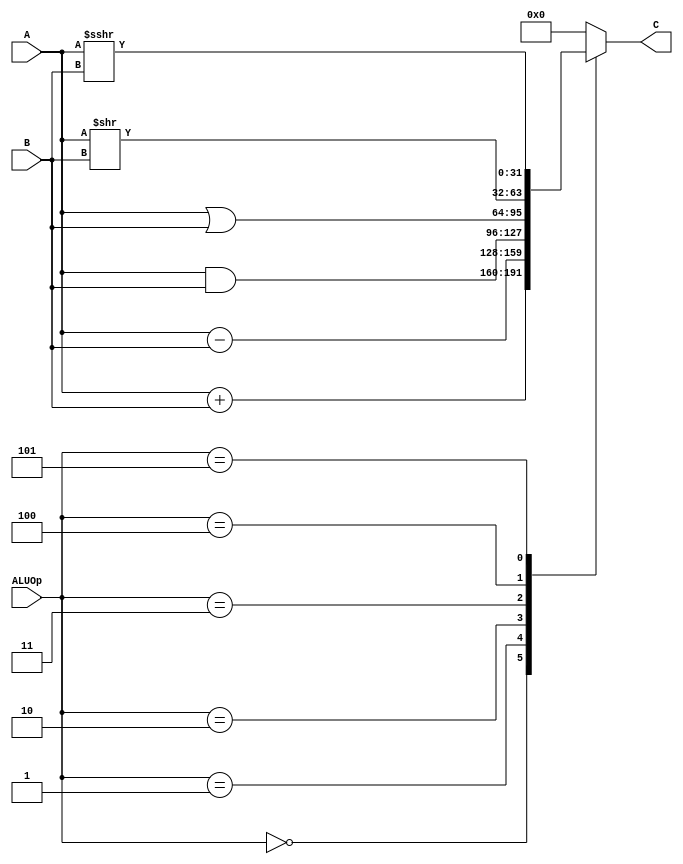
module alu(
	input [31:0] A,
	input [31:0] B,
	input [2:0] ALUOp,
	output reg [31:0] C
);
	always @(A, B, ALUOp) begin
		case (ALUOp)
			3'b000: C <= A + B;
			3'b001: C <= A - B;
			3'b010: C <= A & B;
			3'b011: C <= A | B;
			3'b100: C <= A >> B;
			3'b101: C <= $signed(A) >>> B;
			default: C <= 0;
		endcase
	end
endmodule

module alu_test();
	reg [31:0] A, B;
	reg [2:0] ALUOp;
	wire [31:0] C;

	alu uut(A, B, ALUOp, C);

	initial begin
`ifdef DUMPFILE
		$dumpfile(`DUMPFILE);
		$dumpvars(0, alu_test);
`endif
		A = 1;
		B = 2;
		ALUOp = 3'b000;
		#10;
		$display("A + B = %d", C);
	end
endmodule